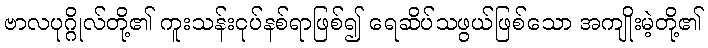
ဗာလပုဂ္ဂိုလ်တို့၏ ကူးသန်းငုပ်နစ်ရာဖြစ်၍ ရေဆိပ်သဖွယ်ဖြစ်သော အကျိုးမဲ့တို့၏